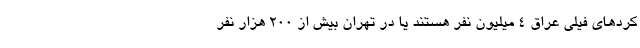
کردهای فیلی عراق ۴ میلیون نفر هستند یا در تهران بیش از ۲۰۰ هزار نفر